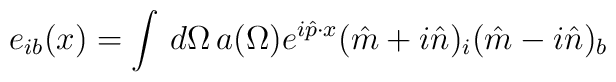
e_{ib}(x)=\int\,d\Omega\, a(\Omega) e^{i{\hat p}\cdot x} ({\hat m}+i{\hat n})_i ({\hat m}-i{\hat n})_b